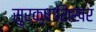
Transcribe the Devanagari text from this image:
सुरक्षाशिखर